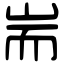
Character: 耑